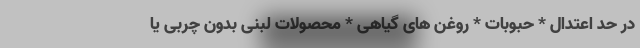
در حد اعتدال * حبوبات * روغن های گیاهی * محصولات لبنی بدون چربی یا